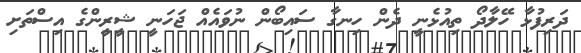
ދަރިފުޅާ ހޭލާދޯ ތިއުޅެނީ ދެން ހިނގާ ސައިބޯން ނުވައެއް ޖަހަނީ ޝީރީންގެ އިސްތަށި